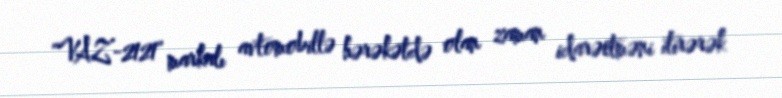
"VAZ-2121" markalı avtomobillə hərəkətdə olan zaman idarəetməni itirərək